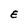
Character: E